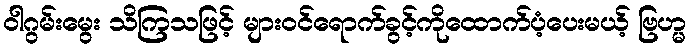
ဝါဂွမ်းမွေး သိကြသဖြင့် များဝင်ရောက်ခွင့်ကိုထောက်ပံ့ပေးမယ့် ဗြဟ္မ